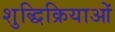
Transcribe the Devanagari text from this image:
शुद्धिक्रियाओं